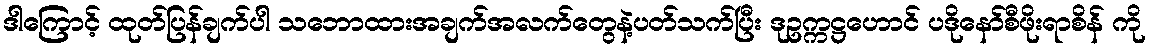
ဒါကြောင့် ထုတ်ပြန်ချက်ပါ သဘောထားအချက်အလက်တွေနဲ့ပတ်သက်ပြီး ဒုဥက္ကဋ္ဌဟောင် ပဒိုနော်စီဖိုးရာစိန် ကို